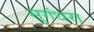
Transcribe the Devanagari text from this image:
सुगंधरा